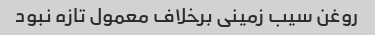
روغن سیب زمینی برخلاف معمول تازه نبود